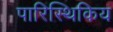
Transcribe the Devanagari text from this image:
पारिस्थिकिय